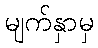
မျက်နှာမှ